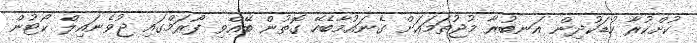
ކުށްކުރާ ކުޑަކުދިން އަނބުރާ މުޖުތަމަޢަށް ގެނައުމާބެހޭ ގޮތުން ބޭއްވި ފޯރަމްގައި ޖުވެނައިލް ކޯޓުން